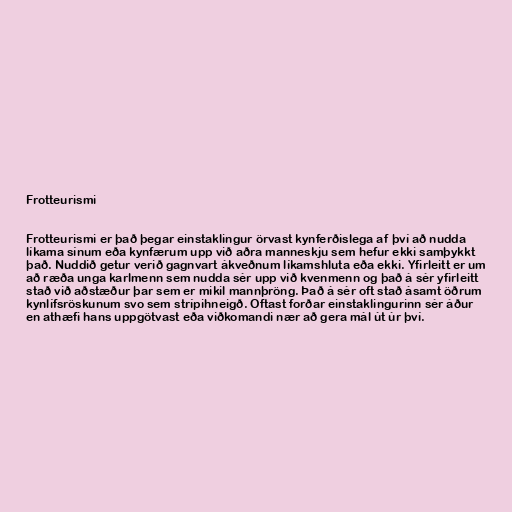
Frotteurismi

Frotteurismi er það þegar einstaklingur örvast kynferðislega af því að nudda
líkama sínum eða kynfærum upp við aðra manneskju sem hefur ekki samþykkt
það. Nuddið getur verið gagnvart ákveðnum líkamshluta eða ekki. Yfirleitt er um
að ræða unga karlmenn sem nudda sér upp við kvenmenn og það á sér yfirleitt
stað við aðstæður þar sem er mikil mannþröng. Það á sér oft stað ásamt öðrum
kynlífsröskunum svo sem strípihneigð. Oftast forðar einstaklingurinn sér áður
en athæfi hans uppgötvast eða viðkomandi nær að gera mál út úr því.